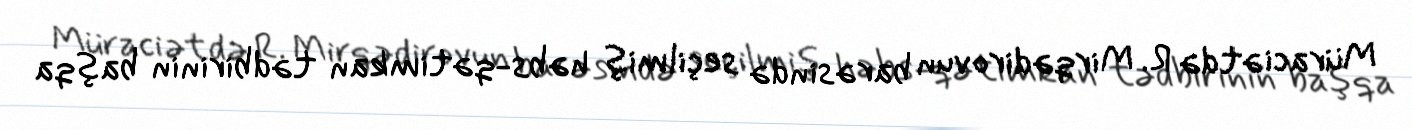
Müraciətdə R. Mirqədirovun barəsində seçilmiş həbs-qətimkan tədbirinin başqa